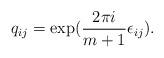
\begin{align*}q_{ij}=\exp({2\pi i\over m+1}\epsilon_{ij}).\end{align*}